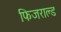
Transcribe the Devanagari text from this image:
फिजराल्ड